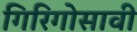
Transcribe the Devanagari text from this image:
गिरिगोसावी